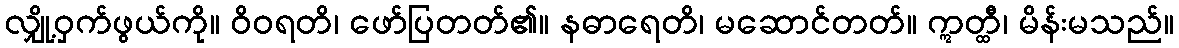
လျှို့ဝှက်ဖွယ်ကို။ ဝိဝရတိ၊ ဖော်ပြတတ်၏။ နဓာရေတိ၊ မဆောင်တတ်။ ဣတ္ထီ၊ မိန်းမသည်။